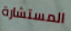
المستشارة